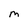
Character: M